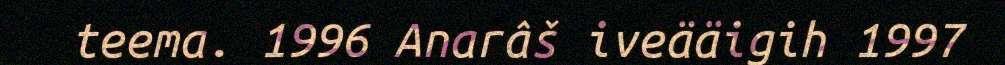
teema. 1996 Anarâš iveääigih 1997